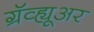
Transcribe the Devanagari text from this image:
ग्रॅव्ह्यूअर